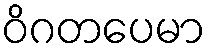
ဝိဂတပေမာ